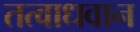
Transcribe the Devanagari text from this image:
तत्वाधवान